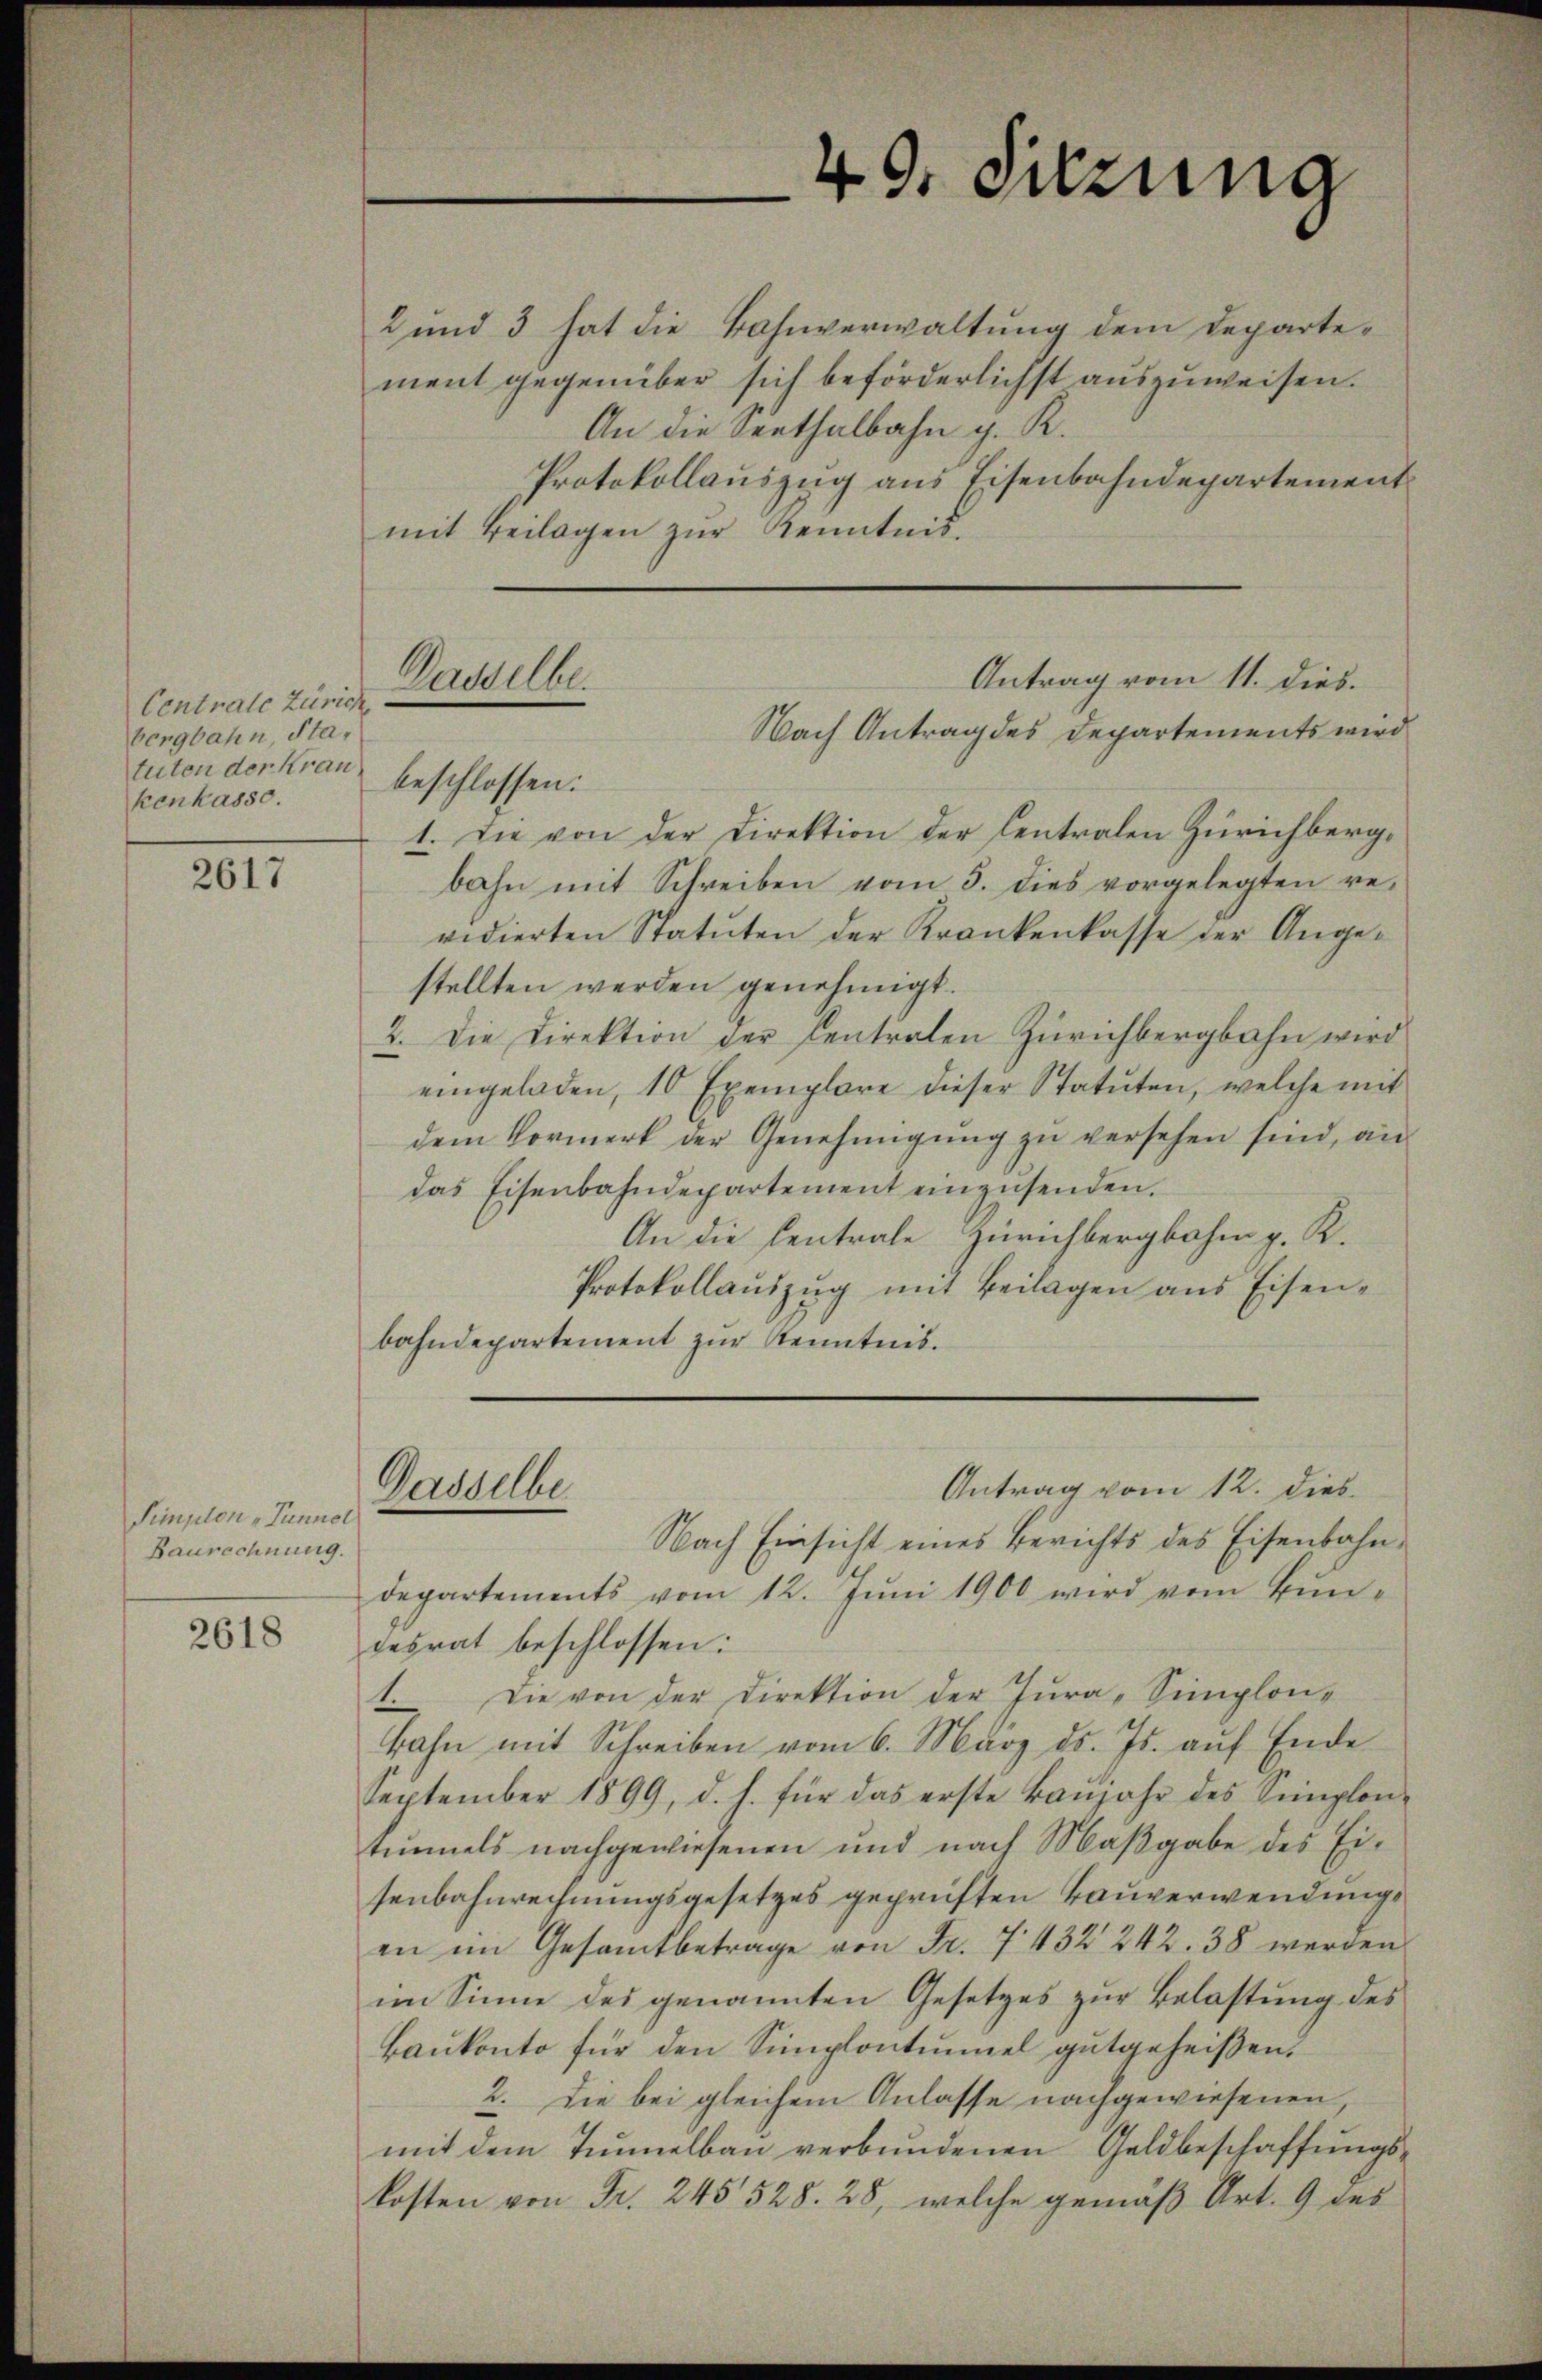
Centrale Zürich
bergbahn, Statuten der Kran
kenkasse

2617

Simplon Tunnel
Baurechnung.

2618

40. Sitzung

2 und 3 hat die Bahnverwaltung dem Departement gegenüber sich beförderlichst auszuweisen.
An die Senthalbahn g. R.
Protokollauszug aus Eisenbahndepartement
mit Beilagen zŭr Kenntnis.
beschlossen:
1. Die von der Direktion der Centralen Zürichbergbahn mit Schreiben vom 5. dies vorgelegten revidierten Statuten der Krankenkasse der Angestellten werden genehmigt.
2. Die Direktion der Centralen Zürichbergbahn wird
eingeladen, 10 Exemplare dieser Statuten, welche mit
dem Vormerk der Genehmigung zu versehen sind, an
das Eisenbahndepartement einzusenden.
An die Centrale Zürichbergbahn p. K.
Protokollaŭszŭg mit Beilagen ans Eisen-
bahndepartement zŭr Kenntnis.

Antrag vom 11. dies
Dasselbe.
Nach Antrag des Departements wird

Antrag vom 12. dies
Gasselbe

Nach Einsicht eines Berichts des Eisenbahndepartements vom 12. Jŭni 1900 wird vom Bundesrat beschlossen:
1. Die von der Direktion der Jura-Simplon¬
Bahn mit Schreiben vom 6. März d. Js. auf Ende
September 1899, d. h. für das erste Baŭjahr des Simplon-
tunnels nachgewiesenen und nach Maßgabe des Eisenbahnrechnungsgesetzes geprüften Bauverwendung
en im Gesamtbetrage von Fr. 7432 242. 38 werden
im Sinne des genannten Gesetzes zŭr Belastŭng des
Baŭkonto für den Simplontinuel gutgeheißen.
2. Die bei gleichem Anlasse nachgewiesenen,
mit dem Tunnelbau verbundenen Geldbeschaffungs-
kosten von Fr. 245 528. 28, welche gemäß Art. 9 des